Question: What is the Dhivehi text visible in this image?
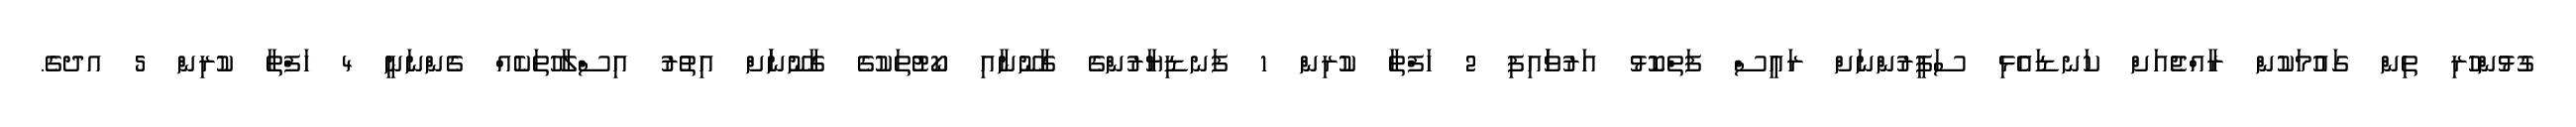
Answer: ގުޅުންހުރި ތިން ގައުމަކުން ރާއްޖެއަށް ކަނޑައެޅި ސަފީރުންނަށް ރައީސް ފަތްކޮޅު އަރުވަައިފި 2 ހަފްތާ ކުރިން 1 ފަނޑިޔާރުންގެ ގާނޫނާއި ކޯޓުތަކުގެ ގާނޫނަަށް އިތުރު އިސްލާހުތަކެއް ގެންނަނީ 4 ހަފްތާ ކުރިން 5 އދގެ.